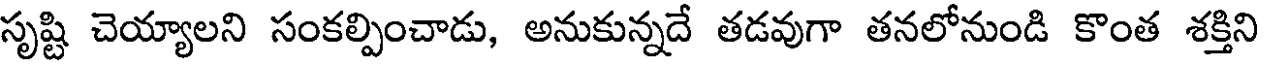
సృష్టి చెయ్యాలని సంకల్పించాడు, అనుకున్నదే తడవుగా తనలోనుండి కొంత శక్తిని